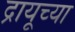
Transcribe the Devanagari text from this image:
द्रायूच्या